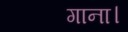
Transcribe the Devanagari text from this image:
गाना।